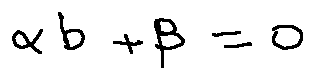
\alpha b + \beta = 0